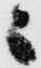
之